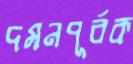
দমনপূর্বক